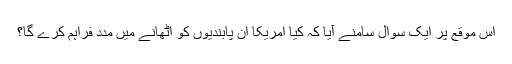
اس موقع پر ایک سوال سامنے آیا کہ کیا امریکا ان پابندیوں کو اٹھانے میں مدد فراہم کرے گا؟